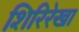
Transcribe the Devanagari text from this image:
शिरिरेखा